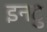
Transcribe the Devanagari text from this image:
इनटु